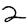
Digit: 2